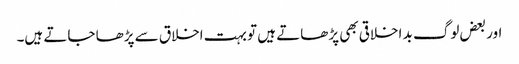
اور بعض لوگ بد اخلاقی بھی پڑھاتے ہیں تو بہت اخلاق سے پڑھا جاتے ہیں۔